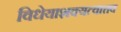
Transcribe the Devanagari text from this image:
विधेयाशक्यत्वात्तव